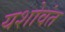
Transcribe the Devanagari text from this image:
यशोवंत